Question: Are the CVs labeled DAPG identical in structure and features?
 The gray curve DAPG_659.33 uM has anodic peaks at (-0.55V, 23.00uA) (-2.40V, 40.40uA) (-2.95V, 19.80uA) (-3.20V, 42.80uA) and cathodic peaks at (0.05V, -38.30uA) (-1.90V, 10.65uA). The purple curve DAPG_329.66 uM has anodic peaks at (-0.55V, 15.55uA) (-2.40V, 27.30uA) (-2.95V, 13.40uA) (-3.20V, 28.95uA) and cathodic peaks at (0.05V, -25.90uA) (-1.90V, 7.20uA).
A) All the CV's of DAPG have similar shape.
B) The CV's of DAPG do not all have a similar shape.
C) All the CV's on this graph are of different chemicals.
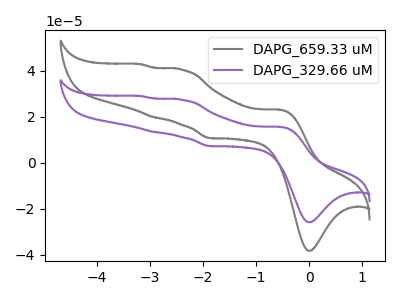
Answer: <think>All the peaks in "DAPG_659.33 uM" have a peak in "DAPG_329.66 uM" at the same potential.
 </think>
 <answer>A) All the CV's of "DAPG" have similar shape.</answer>
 <eval>A</eval>